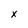
Character: x